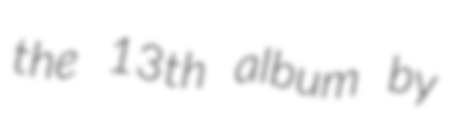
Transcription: the 13th album by